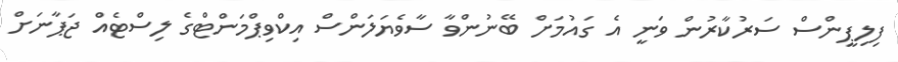
ފިލިޕީންސް ސަރުކާރުން ވަނީ އެ ގައުމަށް ބޭނުންވާ ސާވެޔަލަންސް އިކްވިޕްމަންޓްގެ ލިސްޓެއް ޖަޕާނަށް